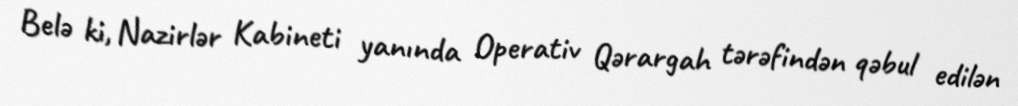
Belə ki, Nazirlər Kabineti yanında Operativ Qərargah tərəfindən qəbul edilən